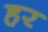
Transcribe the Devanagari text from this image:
हर